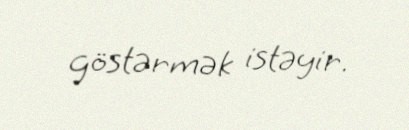
göstərmək istəyir.